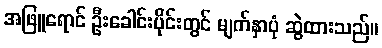
အဖြူရောင် ဦးခေါင်းပိုင်းတွင် မျက်နှာပုံ ဆွဲထားသည်။